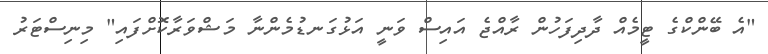
"އެ ބޭންކްގެ ޓީމެއް ދާދިފަހުން ރާއްޖެ އައިސް ވަނީ އަޅުގަނޑުމެންނާ މަޝްވަރާކޮށްފައި" މިނިސްޓަރު